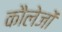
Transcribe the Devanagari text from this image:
कौलेजों